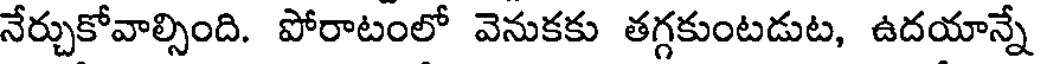
నేర్చుకోవాల్సింది. పోరాటంలో వెనుకకు తగ్గకుంటడుట, ఉదయాన్నే